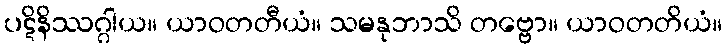
ပဋိနိဿဂ္ဂါယ။ ယာဝတတီယံ။ သမနုဘာသိ တဗ္ဗော။ ယာဝတတိယံ။